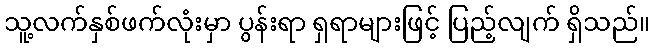
သူ့လက်နှစ်ဖက်လုံးမှာ ပွန်းရာ ရှရာများဖြင့် ပြည့်လျက် ရှိသည်။